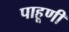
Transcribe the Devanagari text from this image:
पाहूणी